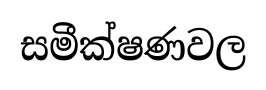
සමීක්ෂණවල